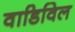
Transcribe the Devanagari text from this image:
वाडिविल